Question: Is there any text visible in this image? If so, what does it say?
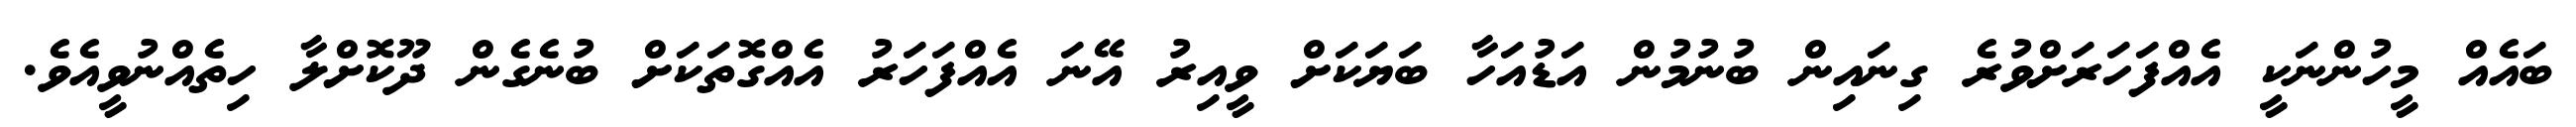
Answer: ބައެއް މީހުންނަކީ އެއްފަހަރަށްވުރެ ގިނައިން ބުނުމުން އަޑުއަހާ ބަޔަކަށް ވީއިރު އޭނަ އެއްފަހަރު އެއްގޮތަކަށް ބުނެގެން ދޫކޮށްލާ ހިތެއްނުވީއެވެ.